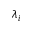
\lambda _ { i }